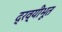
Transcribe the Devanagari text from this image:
द्रव्यीभूत